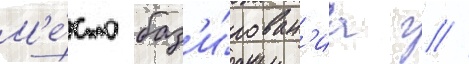
М'е́сто баз'и́рован'иа г //